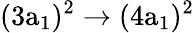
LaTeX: \mathrm{(3a_{1})^{2}\rightarrow(4a_{1})^{2}}